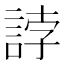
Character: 誖